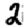
Digit: 2